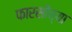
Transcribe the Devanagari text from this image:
फारसीच्या